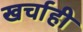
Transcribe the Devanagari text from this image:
खर्चाही